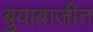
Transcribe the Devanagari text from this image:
बुवाबाजीत